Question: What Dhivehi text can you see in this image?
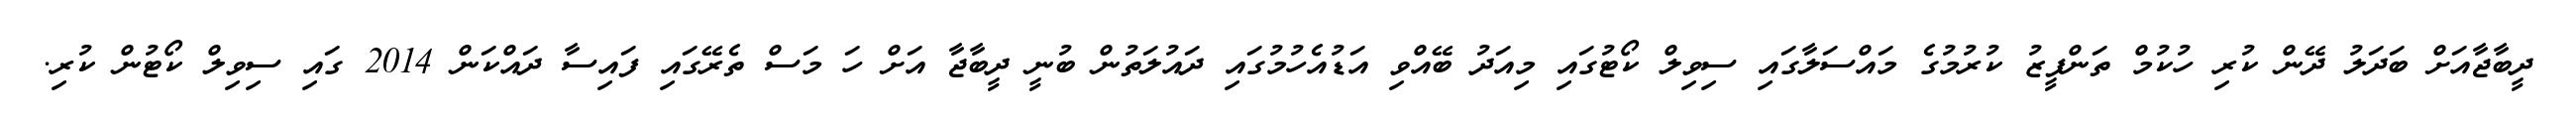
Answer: ދީބާޖާއަށް ބަދަލު ދޭން ކުރި ހުކުމް ތަންފީޒު ކުރުމުގެ މައްސަލާގައި ސިވިލް ކޯޓުގައި މިއަދު ބޭއްވި އަޑުއެހުމުގައި ދައުލަތުން ބުނީ ދީބާޖާ އަށް ހަ މަސް ތެރޭގައި ފައިސާ ދައްކަން 2014 ގައި ސިވިލް ކޯޓުން ކުރި.